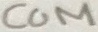
Text: COM